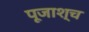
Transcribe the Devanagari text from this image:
पूजाश्‍च